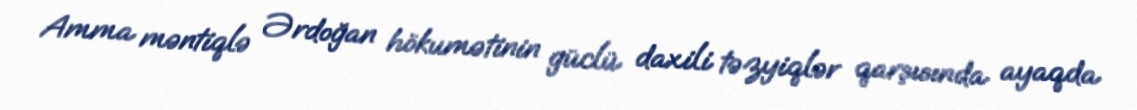
Amma məntiqlə Ərdoğan hökumətinin güclü daxili təzyiqlər qarşısında ayaqda